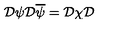
\mathcal { D } \psi \mathcal { D } \overline { { \psi } } = \mathcal { D } \chi \mathcal { D }